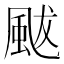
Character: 颰